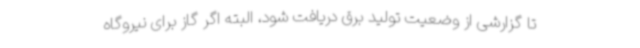
تا گزارشی از وضعیت تولید برق دریافت شود، البته اگر گاز برای نیروگاه